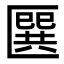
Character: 㔵